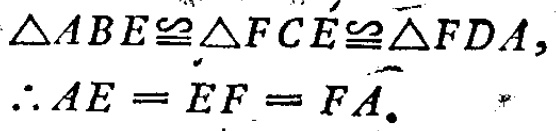
$\triangle ABE\cong\triangle FCE\cong\triangle FDA,\\

\therefore AE = EF = FA.$